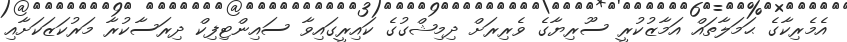
އެމެރިކާގެ ޙަމަލާތައް އަމާޒުކުރީ ސޫރިޔާގެ ވެރިރަށް ދިމިޝްގުގެ ކައިރީގައިވާ ސައިންޓިފިކް ދިރަސާކުރާ މަރުކަޒަކަށާއި